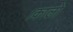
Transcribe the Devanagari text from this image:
।कालो